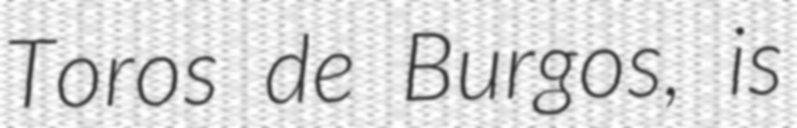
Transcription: Toros de Burgos, is